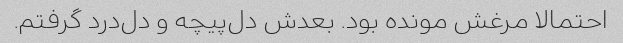
احتمالا مرغش مونده بود. بعدش دل‌پیچه و دل‌درد گرفتم.